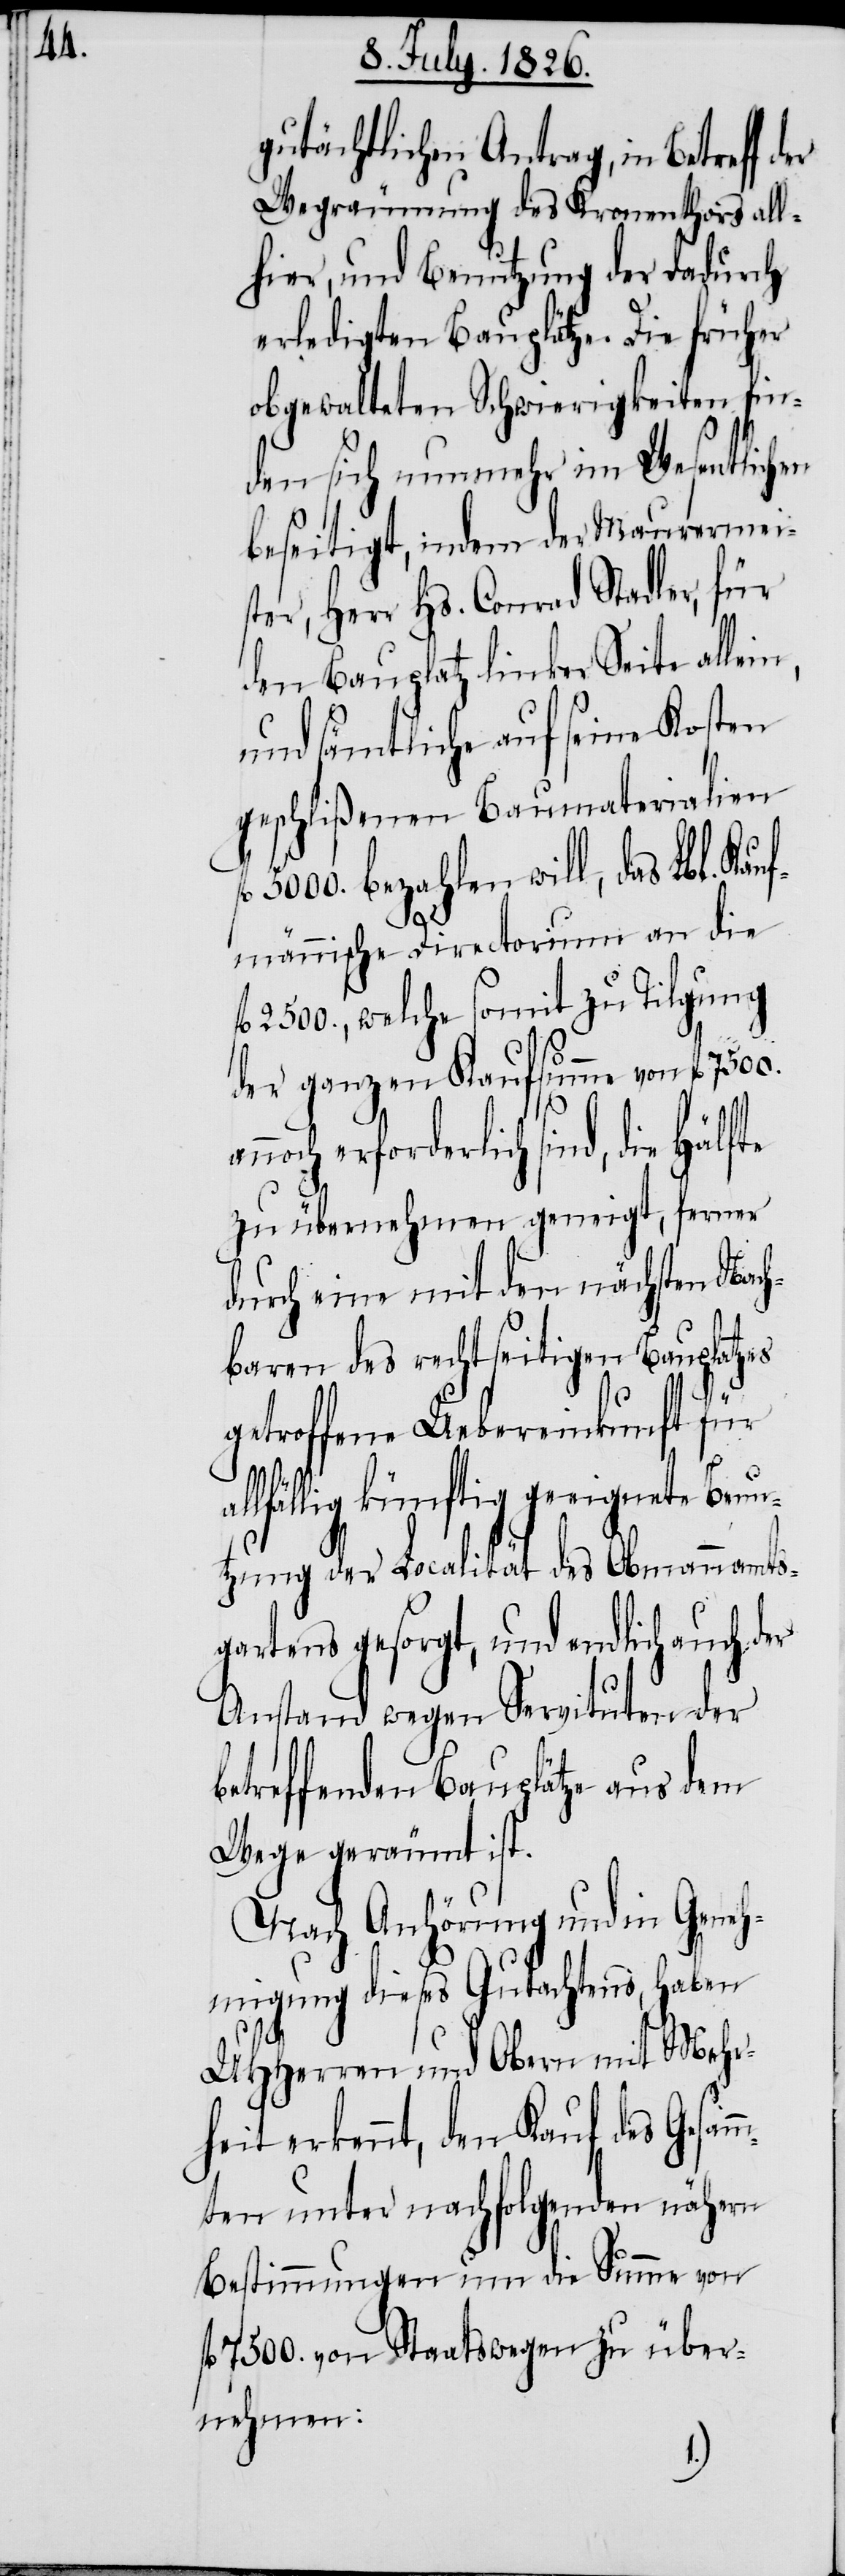
gutächtlichen Antrag, in Betreff
Wegräumung des Kronenthors all¬
hier, und Benutzung der dadurch
erledigten Bauplätze. Die früher
obgewalteten Schwierigkeiten fin¬
den sich nunmehr im Wesentlichen
beseitigt, indem der Maurermei¬
ster, Herr Hs. Conrad Stadler, für
den Bauplatz linker Seite allein,
und sämtliche auf seine Kosten
geschlißenen Baumaterialien
5000. bezahlen will, das Lbl. Kau¬
f¬
fmännische Directorium an die
2500., welche somit zu Tilgung
der ganzen Kaufsumme von fl.
zu übernehmen geneigt, ferner
durch eine mit den nächsten Nach¬
baren des rechtseitigen Bauplatzes
getroffene Uebereinkunft für
lfällig künftig geeignete Benu¬
tzung der Localität des Obmannamts¬
gartens gesorgt, und endlich auch der
Anstand wegen Servituten der
betreffenden Bauplätze aus dem
Wege geräumt ist.
Nach Anhörung und in Geneh¬
migung dieses Gutachtens, haben
MHHerren und Obern mit Mehr¬
heit erkennt, den Kauf des Gesam¬
mten unter nachfolgenden nähern
Bestimmungen um die Summe von
l. 7500. von Staatswegen zu über¬
nehmen: